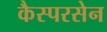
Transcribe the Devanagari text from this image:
कैस्परसेन